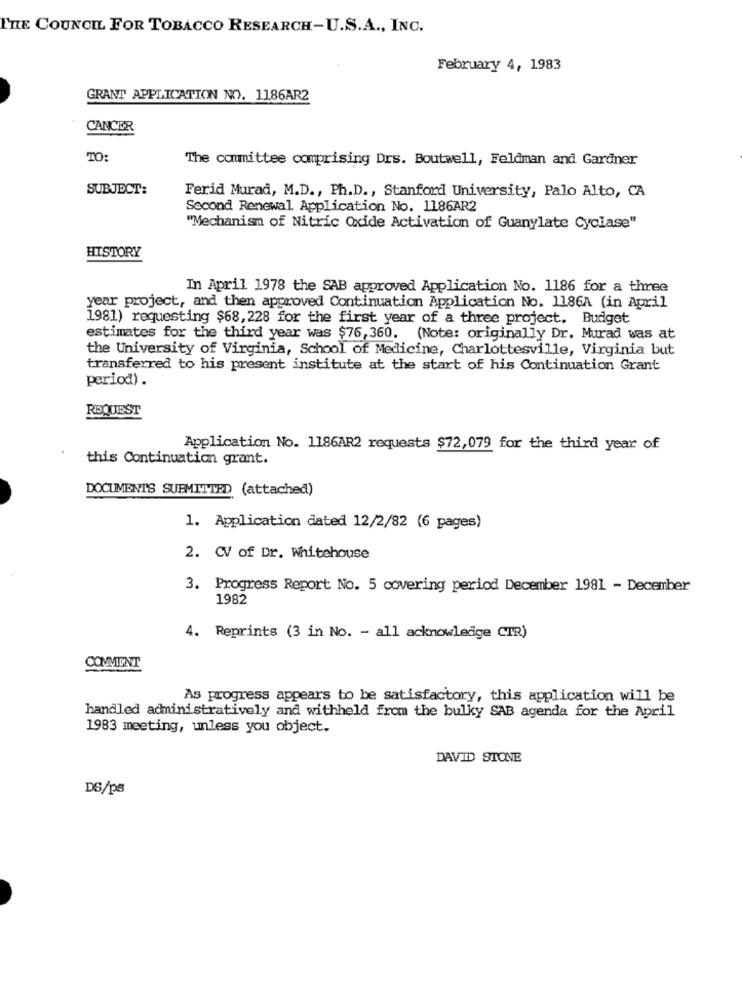
THE COUNCIL FOR TOBACCO RESEARCH-U.S.A ., INC.
February 4, 1983
GRANT APPLICATION NO. 1186AR2
CANCER
TO:
The committee comprising Drs. Boutwell, Feldman and Gardner
SUBJECT:
Ferid Murad, M.D ., Ph.D ., Stanford University, Palo Alto, CA
Second Renewal Application No. 1186AR2
"Mechanism of Nitric Oxide Activation of Guanylate Cyclase"
HISTORY
In April 1978 the SAB approved Application No. 1186 for a three
year project, and then approved Continuation Application No. 1186A (in April
1981) requesting $68,228 for the first year of a three project. Budget
estimates for the third year was $76,360. (Note: originally Dr. Murad was at
the University of Virginia, School of Medicine, Charlottesville, Virginia but
transferred to his present institute at the start of his Continuation Grant
period) .
REQUEST
Application No. 1186AR2 requests $72,079 for the third year of
this Continuation grant.
DOCUMENTS SUBMITTED (attached)
1. Application dated 12/2/82 (6 pages)
2. CV of Dr. Whitehouse
3. Progress Report No. 5 covering period December 1981 - December
1982
4. Reprints (3 in No. - all acknowledge CIR)
COMMENT
As progress appears to be satisfactory, this application will be
handled administratively and withheld from the bulky SAB agenda for the April
1983 meeting, unless you object.
DAVID STONE
DS/ps